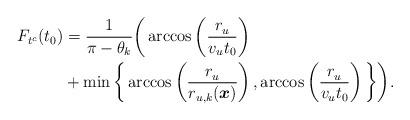
LaTeX: \begin{align*} F_{t^c}(t_0)&= \frac{1}{\pi-\theta_k}\bigg(\arccos\left(\frac{r_u^{}}{v_ut_0}\right)\\ &+\min\bigg\lbrace \arccos\left(\frac{r_u^{}}{r_{u,k}(\boldsymbol{x})}\right), \arccos\left(\frac{r_u^{}}{v_ut_0}\right)\bigg\rbrace\bigg). \end{align*}